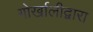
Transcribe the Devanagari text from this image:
गोर्खालीद्वारा